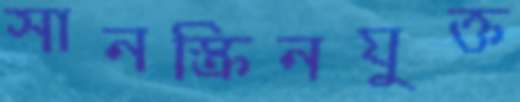
সানস্ক্রিনযুক্ত